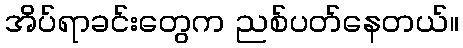
အိပ်ရာခင်းတွေက ညစ်ပတ်နေတယ်။